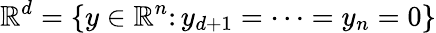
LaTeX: \mathbb{R}^{d}=\{ y\in\mathbb{R}^{n}\colon y_{d+1}=\cdots=y_{n}=0\}